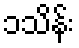
၁သိန်း